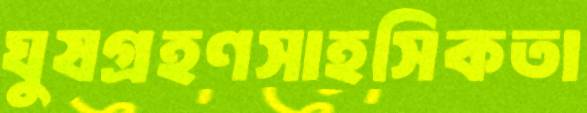
ঘুষগ্রহণসাহসিকতা